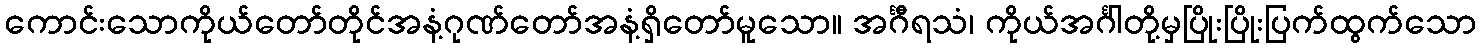
ကောင်းသောကိုယ်တော်တိုင်အနံ့ဂုဏ်တော်အနံ့ရှိတော်မူသော။ အင်္ဂီရသံ၊ ကိုယ်အင်္ဂါတို့မှပြိုးပြိုးပြက်ထွက်သော